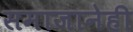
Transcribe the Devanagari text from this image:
समाजानेही